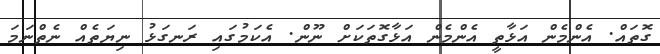
ގޮތައް. އެންމެން އަޅާތީ އެންމެން އަޅާގޮތަކަށް ނޫން. އެކަމުގައި ރަނގަޅު ނިޔަތެއް ނެތްނަމަ